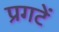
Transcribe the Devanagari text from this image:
प्रगटें